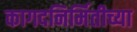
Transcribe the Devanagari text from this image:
कागदनिर्मितीच्या